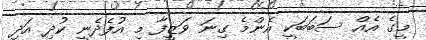
މީގެ އެއް ސަބަބަކީ އެންމެ ގިނަ ވަޒީފާ މި އުފެދެނީ ކުދި އަދި